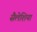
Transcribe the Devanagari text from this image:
सैलेशिया